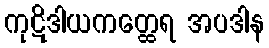
ကုဋိဒါယကတ္ထေရ အပဒါန